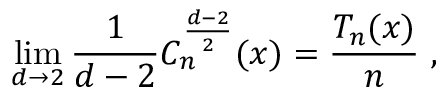
\operatorname * { l i m } _ { d \to 2 } \frac 1 { d - 2 } C _ { n } ^ { \frac { d - 2 } 2 } ( x ) = \frac { T _ { n } ( x ) } n \ , \nonumber \,